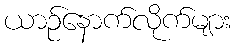
ယာဉ်နောက်လိုက်များ